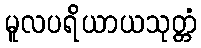
မူလပရိယာယသုတ္တံ